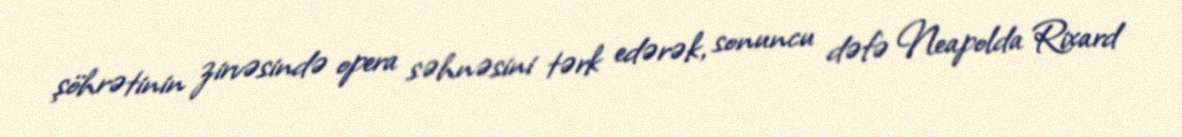
şöhrətinin zirvəsində opera səhnəsini tərk edərək, sonuncu dəfə Neapolda Rixard